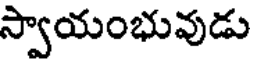
స్వాయంభువుడు